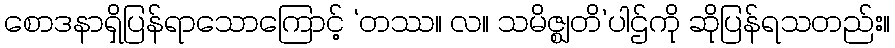
စောဒနာရှိပြန်ရာသောကြောင့် ‘တဿ။ လ။ သမိဇ္ဈတိ’ပါဌ်ကို ဆိုပြန်ရသတည်း။